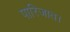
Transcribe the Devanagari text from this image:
पारिजात।